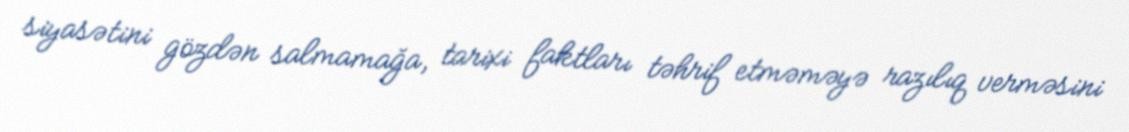
siyasətini gözdən salmamağa, tarixi faktları təhrif etməməyə razılıq verməsini